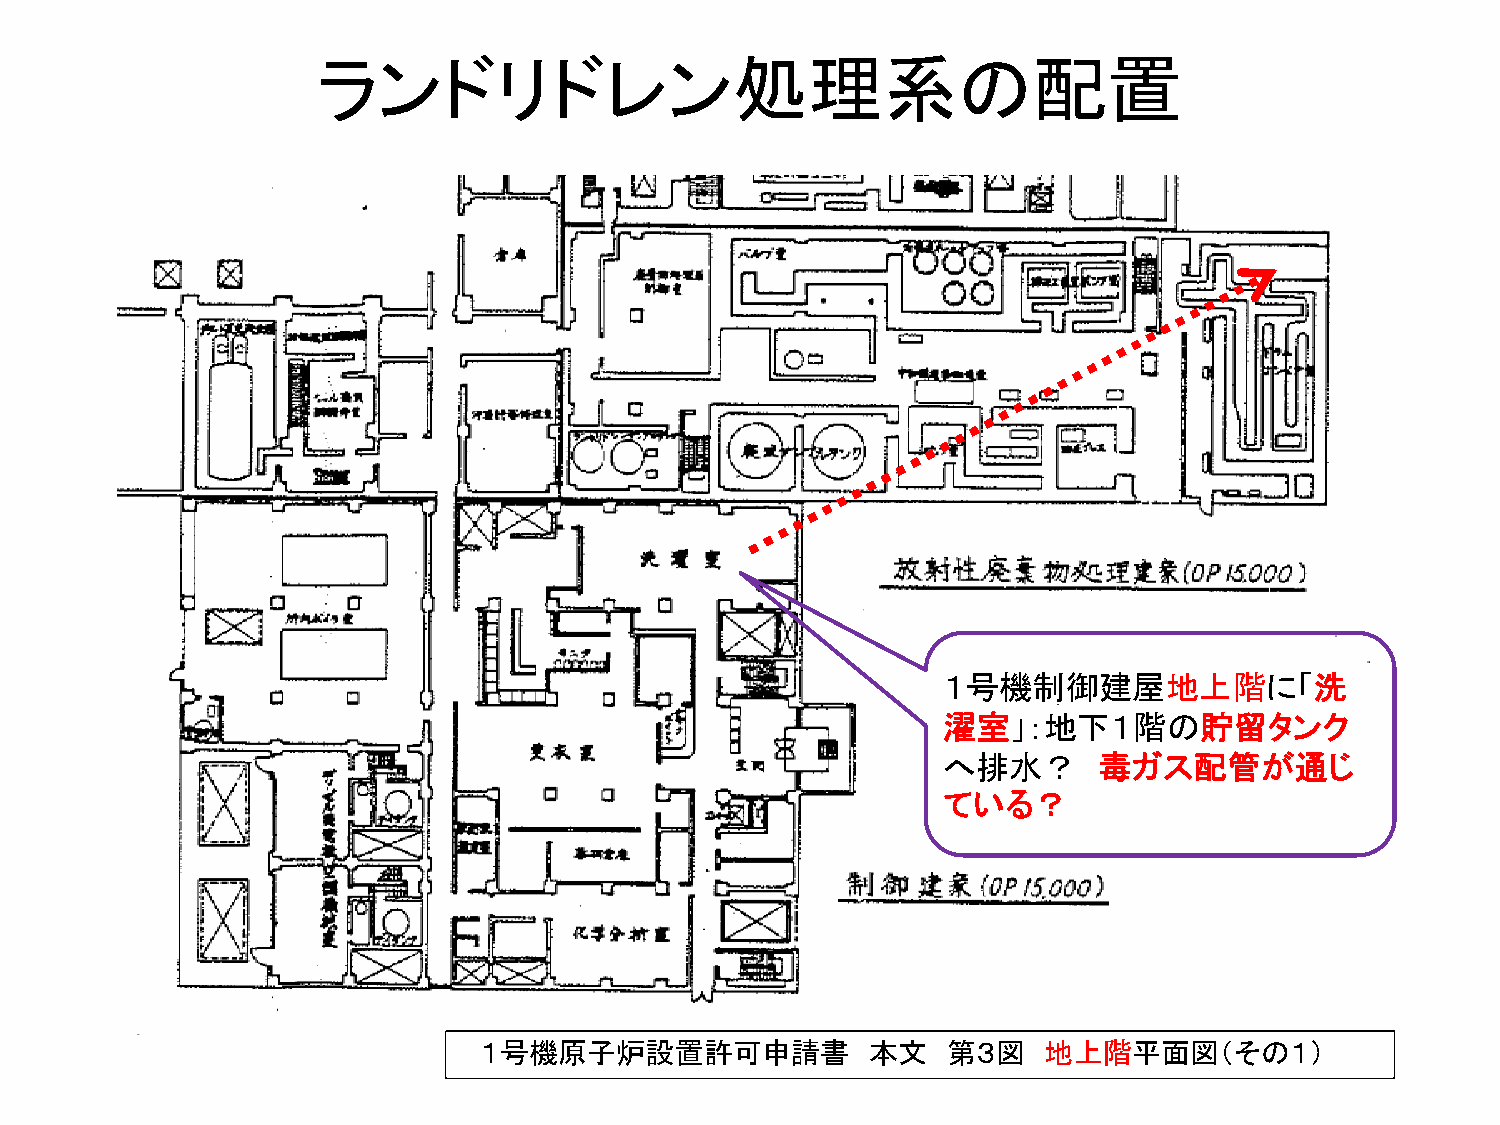
ランドリドレン処理系の配置
 １号機制御建屋地上階に「洗
 濯室」：地下１階の貯留タンク
 へ排水？       毒ガス配管が通じ
 ている？
 １号機原子炉設置許可申請書             本文   第３図   地上階平面図（その１）